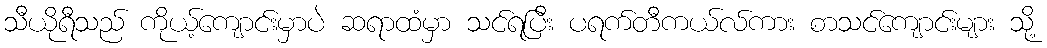
သီယိုရီသည် ကိုယ့်ကျောင်းမှာပဲ ဆရာထံမှာ သင်ရပြီး ပရက်တီကယ်လ်ကား စာသင်ကျောင်းများ သို့